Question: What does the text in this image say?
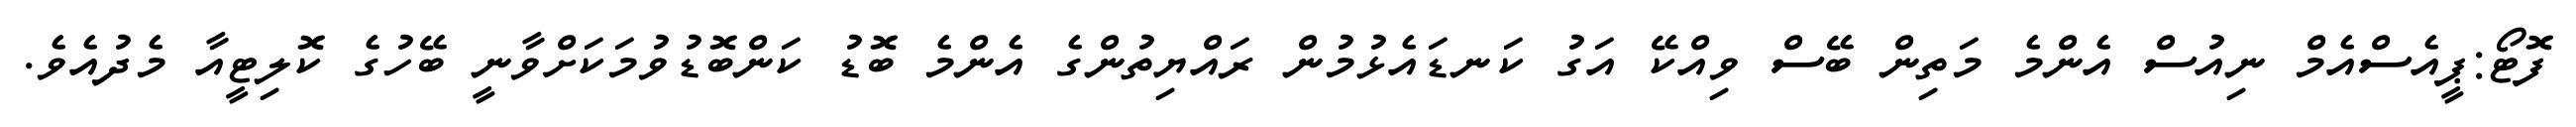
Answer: ފޮޓޯ:ޕީއެސްއެމް ނިއުސް އެންމެ މަތިން ބޭސް ވިއްކޭ އަގު ކަނޑައެޅުމުން ރައްޔިތުންގެ އެންމެ ބޮޑު ކަންބޮޑުވުމަކަށްވާނީ ބޭހުގެ ކޮލިޓީއާ މެދުއެވެ.